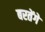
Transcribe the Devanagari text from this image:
बरतेंगे